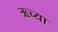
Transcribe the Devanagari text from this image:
ऋच्या